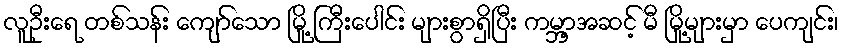
လူဦးရေ တစ်သန်း ကျော်သော မြို့ ကြီးပေါင်း များစွာရှိပြီး ကမ္ဘာ့အဆင့် မီ မြို့များမှာ ပေကျင်း၊